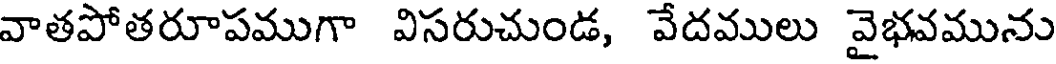
వాతపోతరూపముగా విసరుచుండ, వేదములు వైభవమును